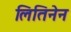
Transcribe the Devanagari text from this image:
लितिनेन